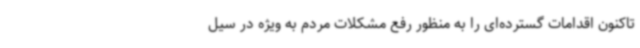
تاکنون اقدامات گسترده‌ای را به منظور رفع مشکلات مردم به ویژه در سیل